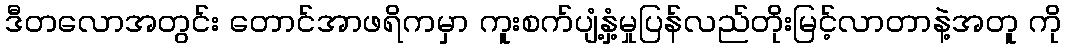
ဒီတလောအတွင်း တောင်အာဖရိကမှာ ကူးစက်ပျံ့နှံ့မှုပြန်လည်တိုးမြင့်လာတာနဲ့အတူ ကို